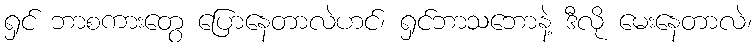
ရှင် ဘာစကားတွေ ပြောနေတာလဲဟင်၊ ရှင်ဘာသဘောနဲ့ ဒီလို မေးနေတာလဲ၊